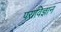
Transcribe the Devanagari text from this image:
पराविज्ञान